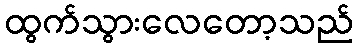
ထွက်သွားလေတော့သည်